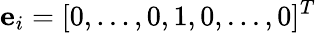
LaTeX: \mathbf{e}_{\textit{i}}=[0,...,0,1,0,...,0]^{T}